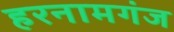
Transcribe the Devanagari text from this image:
हरनामगंज